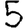
Digit: 5